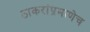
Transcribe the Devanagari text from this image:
ठाकरांप्रमाणेच